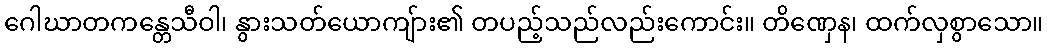
ဂေါဃာတကန္တေသီဝါ၊ နွားသတ်ယောကျ်ား၏ တပည့်သည်လည်းကောင်း။ တိဏှေန၊ ထက်လှစွာသော။